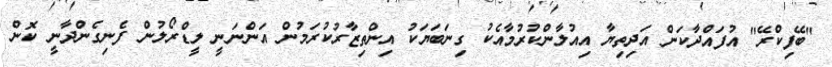
"ބޭފިކްރޭ" އުފައްދާކަން އަދިތިޔާ އިއުލާންކުރުމާއެކު ގިނަބަޔަކު އިންތިޒާރުކުރަމުން އަންނަނީ ލީޑްރޯލުން ފެނިގެންދާނީ ކޮން